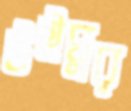
উইঘুর